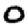
Digit: 0